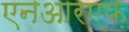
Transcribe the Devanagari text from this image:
एनआरएफ़